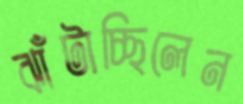
ঝাঁটাচ্ছিলেন